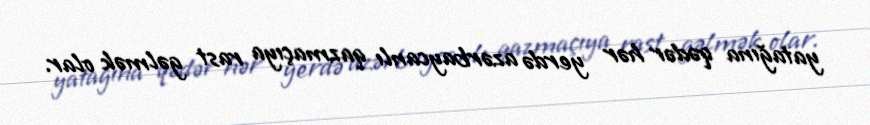
yatağına qədər hər yerdə azərbaycanlı qazmaçıya rast gəlmək olar.